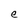
Character: e